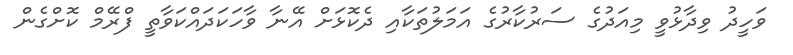
ވަހީދު ވިދާޅުވީ މިއަދުގެ ސަރުކާރުގެ އަމަލުތަކާއި ދެކޮޅަށް އޭނާ ވާހަކަދައްކަވާތީ ފްރޭމް ކޮށްގެން